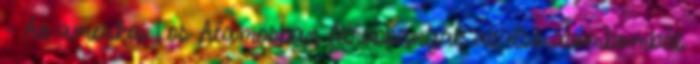
- Az amerikai Los Alamosban felrobbantják az elsõ atombombát.